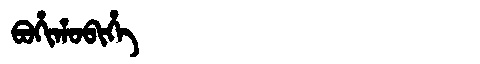
Manchu: ᠪᠣᡥᡳᡥᠣᠪᡳᡥᡝ
Romanization: BOHIHOBIHE